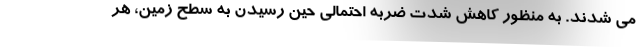
می شدند. به منظور کاهش شدت ضربه احتمالی حین رسیدن به سطح زمین، هر